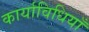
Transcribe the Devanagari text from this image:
कार्याविधियाँ